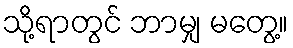
သို့ရာတွင် ဘာမျှ မတွေ့။